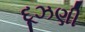
દૂઝણી